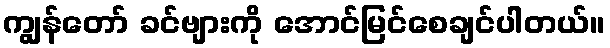
ကျွန်တော် ခင်ဗျားကို အောင်မြင်စေချင်ပါတယ်။